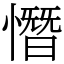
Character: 憯